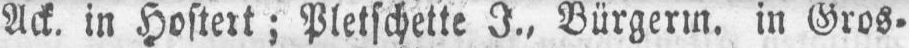
in Gros⸗